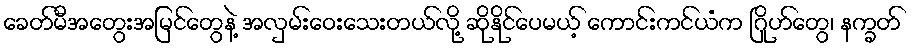
ခေတ်မီအတွေးအမြင်တွေနဲ့ အလှမ်းဝေးသေးတယ်လို့ ဆိုနိုင်ပေမယ့် ကောင်းကင်ယံက ဂြိုဟ်တွေ၊ နက္ခတ်